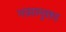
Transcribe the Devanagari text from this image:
नासामुक्ता